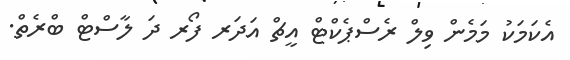
އެކަމަކު މަމެން ވިލް ރެސްޕެކްޓް އީޗް އަދަރ ފޯރ ދަ ލާސްޓް ބްރެތް.